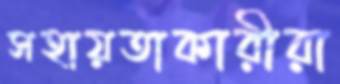
সহায়তাকারীরা